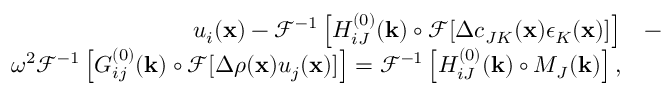
\begin{array} { r l } { u _ { i } ( { \bf x } ) - \mathcal { F } ^ { - 1 } \left[ H _ { i J } ^ { ( 0 ) } ( { \bf k } ) \circ \mathcal { F } [ \Delta c _ { J K } ( { \bf x } ) \epsilon _ { K } ( { \bf x } ) ] \right] } & { { } - } \\ { \omega ^ { 2 } \mathcal { F } ^ { - 1 } \left[ G _ { i j } ^ { ( 0 ) } ( { \bf k } ) \circ \mathcal { F } [ \Delta \rho ( { \bf x } ) u _ { j } ( { \bf x } ) ] \right] = \mathcal { F } ^ { - 1 } \left[ H _ { i J } ^ { ( 0 ) } ( { \bf k } ) \circ M _ { J } ( { \bf k } ) \right] , } \end{array}